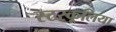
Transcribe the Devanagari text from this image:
स्टरकूलिया